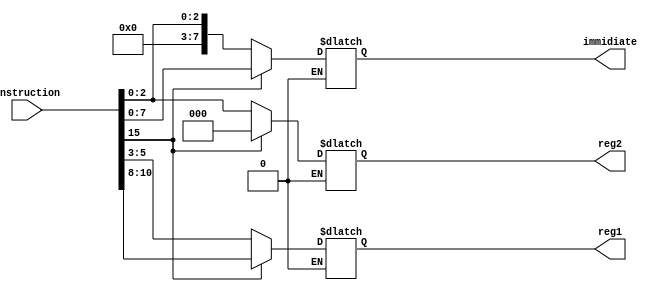
module instructionDecoder (reg1,reg2,immidiate,instruction);

output reg[2:0] reg1,reg2;
output reg[7:0]immidiate;
input [15:0]instruction;


always @(instruction)
begin

if(instruction[15] == 0)
begin
reg1 = instruction[5:3];
reg2 = instruction[2:0];
immidiate = {5'd0,reg2};
end
else if(instruction[15] == 1)
begin
reg1 = instruction[10:8];
reg2 = 3'b0;
immidiate = instruction[7:0];
end

end

endmodule //instructionDecoder